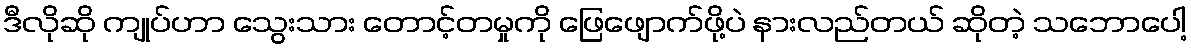
ဒီလိုဆို ကျုပ်ဟာ သွေးသား တောင့်တမှုကို ဖြေဖျောက်ဖို့ပဲ နားလည်တယ် ဆိုတဲ့ သဘောပေါ့